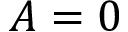
A = 0